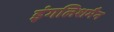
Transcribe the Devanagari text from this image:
इंगलिशमैन